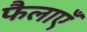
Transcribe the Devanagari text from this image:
फैलाएँ